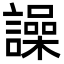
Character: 譟